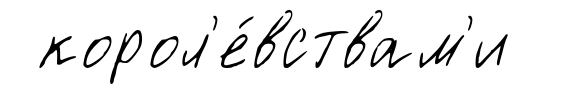
корол'е́вствам'и